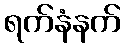
ရက်နံနက်